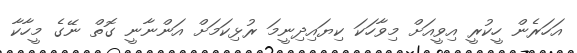
އަހަރެން ހީކުރީ އިވީއަށް މިވާހަކަ ކިޔައިދިނީމަ ރުޅިކަމަށް އަންނާނީ ގޮތް ނޭގެ މީހާކާ